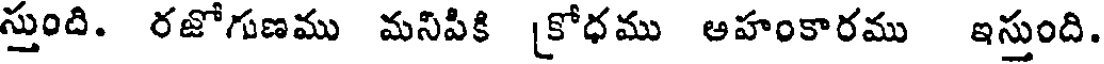
స్తుంది. రజోగుణము మసిపికి [కోధము అహంకారము ఇస్తుంది.